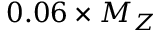
0 . 0 6 \times M _ { Z }